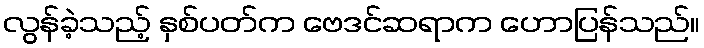
လွန်ခဲ့သည့် နှစ်ပတ်က ဗေဒင်ဆရာက ဟောပြန်သည်။